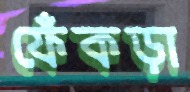
ফেঁকড়া